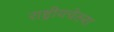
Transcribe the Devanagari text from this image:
राष्ट्रीयचेतना